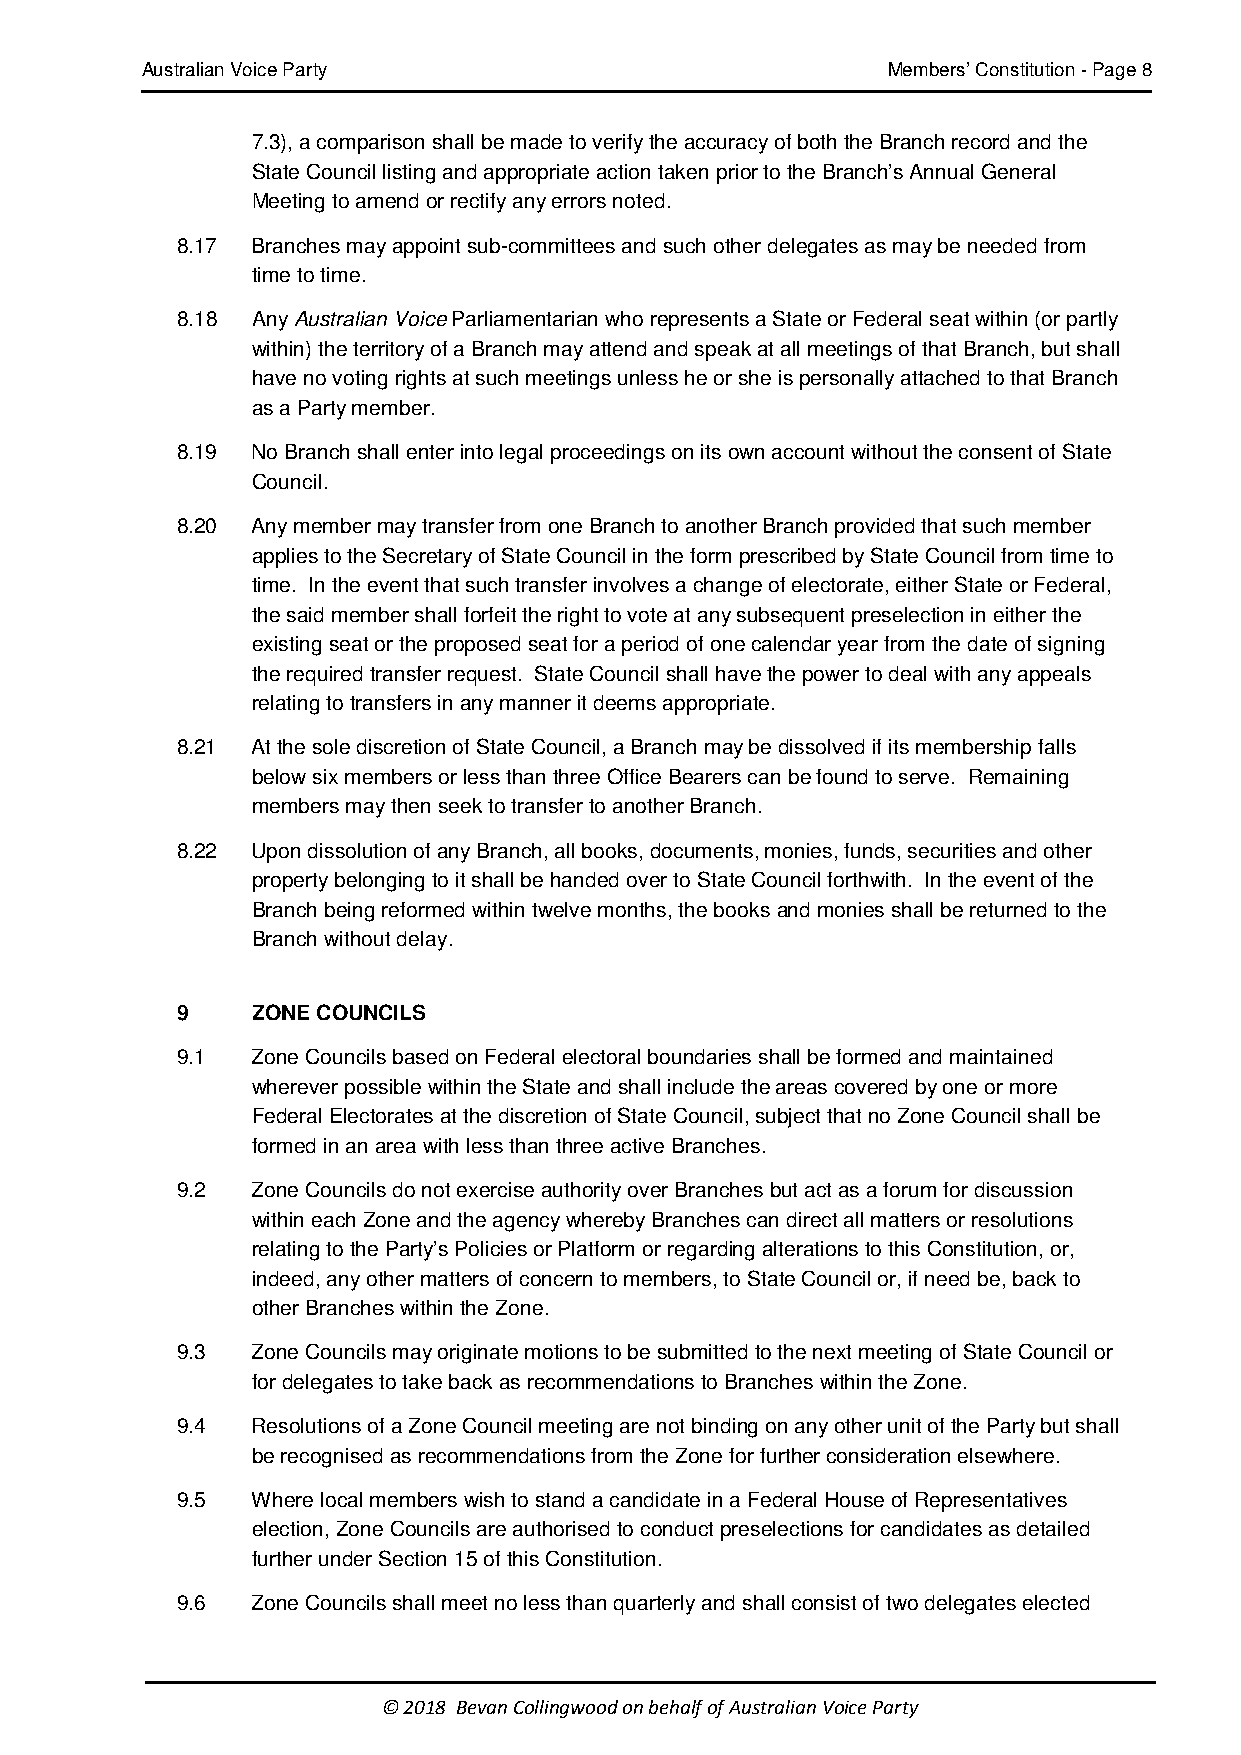
Australian Voice Party                            Members’ Constitution - Page 8
 7.3), a comparison shall be made to verify the accuracy of both the Branch record and the
 State Council listing and appropriate action taken prior to the Branch’s Annual General
 Meeting to amend or rectify any errors noted.
 8.17 Branches may appoint sub-committees and such other delegates as may be needed from
 time to time.
 8.18 Any Australian Voice Parliamentarian who represents a State or Federal seat within (or partly
 within) the territory of a Branch may attend and speak at all meetings of that Branch, but shall
 have no voting rights at such meetings unless he or she is personally attached to that Branch
 as a Party member.
 8.19 No Branch shall enter into legal proceedings on its own account without the consent of State
 Council.
 8.20 Any member may transfer from one Branch to another Branch provided that such member
 applies to the Secretary of State Council in the form prescribed by State Council from time to
 time. In the event that such transfer involves a change of electorate, either State or Federal,
 the said member shall forfeit the right to vote at any subsequent preselection in either the
 existing seat or the proposed seat for a period of one calendar year from the date of signing
 the required transfer request. State Council shall have the power to deal with any appeals
 relating to transfers in any manner it deems appropriate.
 8.21 At the sole discretion of State Council, a Branch may be dissolved if its membership falls
 below six members or less than three Office Bearers can be found to serve. Remaining
 members may then seek to transfer to another Branch.
 8.22 Upon dissolution of any Branch, all books, documents, monies, funds, securities and other
 property belonging to it shall be handed over to State Council forthwith. In the event of the
 Branch being reformed within twelve months, the books and monies shall be returned to the
 Branch without delay.
 9    ZONE COUNCILS
 9.1  Zone Councils based on Federal electoral boundaries shall be formed and maintained
 wherever possible within the State and shall include the areas covered by one or more
 Federal Electorates at the discretion of State Council, subject that no Zone Council shall be
 formed in an area with less than three active Branches.
 9.2  Zone Councils do not exercise authority over Branches but act as a forum for discussion
 within each Zone and the agency whereby Branches can direct all matters or resolutions
 relating to the Party’s Policies or Platform or regarding alterations to this Constitution, or,
 indeed, any other matters of concern to members, to State Council or, if need be, back to
 other Branches within the Zone.
 9.3  Zone Councils may originate motions to be submitted to the next meeting of State Council or
 for delegates to take back as recommendations to Branches within the Zone.
 9.4  Resolutions of a Zone Council meeting are not binding on any other unit of the Party but shall
 be recognised as recommendations from the Zone for further consideration elsewhere.
 9.5  Where local members wish to stand a candidate in a Federal House of Representatives
 election, Zone Councils are authorised to conduct preselections for candidates as detailed
 further under Section 15 of this Constitution.
 9.6  Zone Councils shall meet no less than quarterly and shall consist of two delegates elected
 © 2018 Bevan Collingwood on behalf of Australian Voice Party